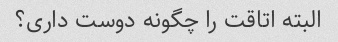
البته اتاقت را چگونه دوست داری؟